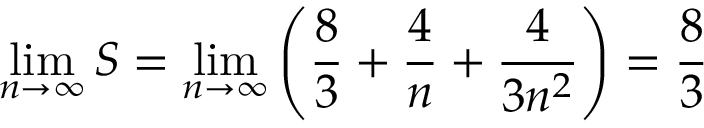
\operatorname* { l i m } _ { n \to \infty } S = \operatorname* { l i m } _ { n \to \infty } \left( { \frac { 8 } { 3 } } + { \frac { 4 } { n } } + { \frac { 4 } { 3 n ^ { 2 } } } \right) = { \frac { 8 } { 3 } }